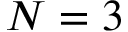
N = 3